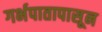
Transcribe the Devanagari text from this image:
गर्भपातापासून